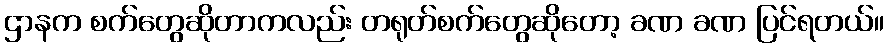
ဌာနက စက်တွေဆိုတာကလည်း တရုတ်စက်တွေဆိုတော့ ခဏ ခဏ ပြင်ရတယ်။